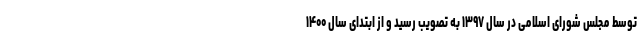
توسط مجلس شورای اسلامی در سال ۱۳۹۷ به تصویب رسید و از ابتدای سال ۱۴۰۰